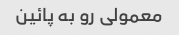
معمولی رو به پائین